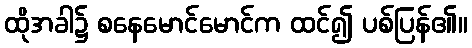
ထိုအခါ၌ စနေမောင်မောင်က ထင်၍ ပစ်ပြန်၏။